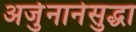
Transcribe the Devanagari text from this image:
अर्जुनानेसुद्धा